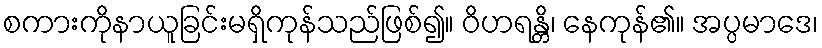
စကားကိုနာယူခြင်းမရှိကုန်သည်ဖြစ်၍။ ဝိဟရန္တိ၊ နေကုန်၏။ အပ္ပမာဒေ၊